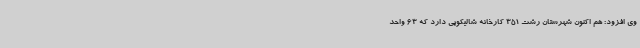
وی افزود: هم اکنون شهرستان رشت 351 کارخانه شالیکوبی دارد که 63 واحد